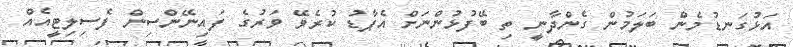
އަޅުގަނޑުމެން ބަލަމުން ގެންދާނީ ތި ބޭފުޅުންނަށް އެޕާޑު ކުރެވޭ ވަރުގެ ފައިނޭންސިން ފެސިލިޓީއެއް